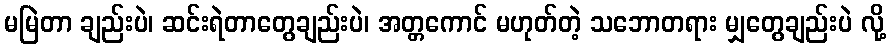
မမြဲတာ ချည်းပဲ၊ ဆင်းရဲတာတွေချည်းပဲ၊ အတ္တကောင် မဟုတ်တဲ့ သဘောတရား မျှတွေချည်းပဲ လို့